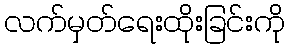
လက်မှတ်ရေးထိုးခြင်းကို